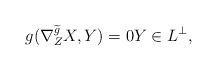
\begin{align*}g(\nabla^{\widetilde{g}}_Z X,Y) = 0 Y \in L^{\bot}, \end{align*}